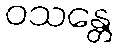
ဝသန္တေ